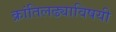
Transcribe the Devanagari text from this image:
क्रांतिलढ्याविषयी